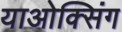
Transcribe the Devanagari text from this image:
याओक्सिंग